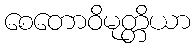
စေတောဝိမုတ္တိယာ